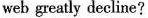
web greatly decline?